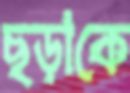
ছড়াকে